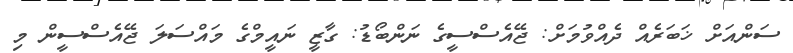
ސަންއަށް ޚަބަރެއް ދެއްވުމަށް: ޖޭއެސްސީގެ ނަންބޯޑު: ގާޒީ ނައީމްގެ މައްސަލަ ޖޭއެސްސީން މި